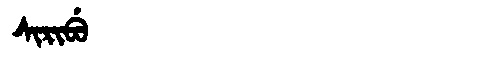
Manchu: ᠰᡳᡵᡳᠪᡠ
Romanization: SIRIBU